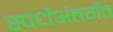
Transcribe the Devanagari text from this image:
स्पर्धेअंतर्गत